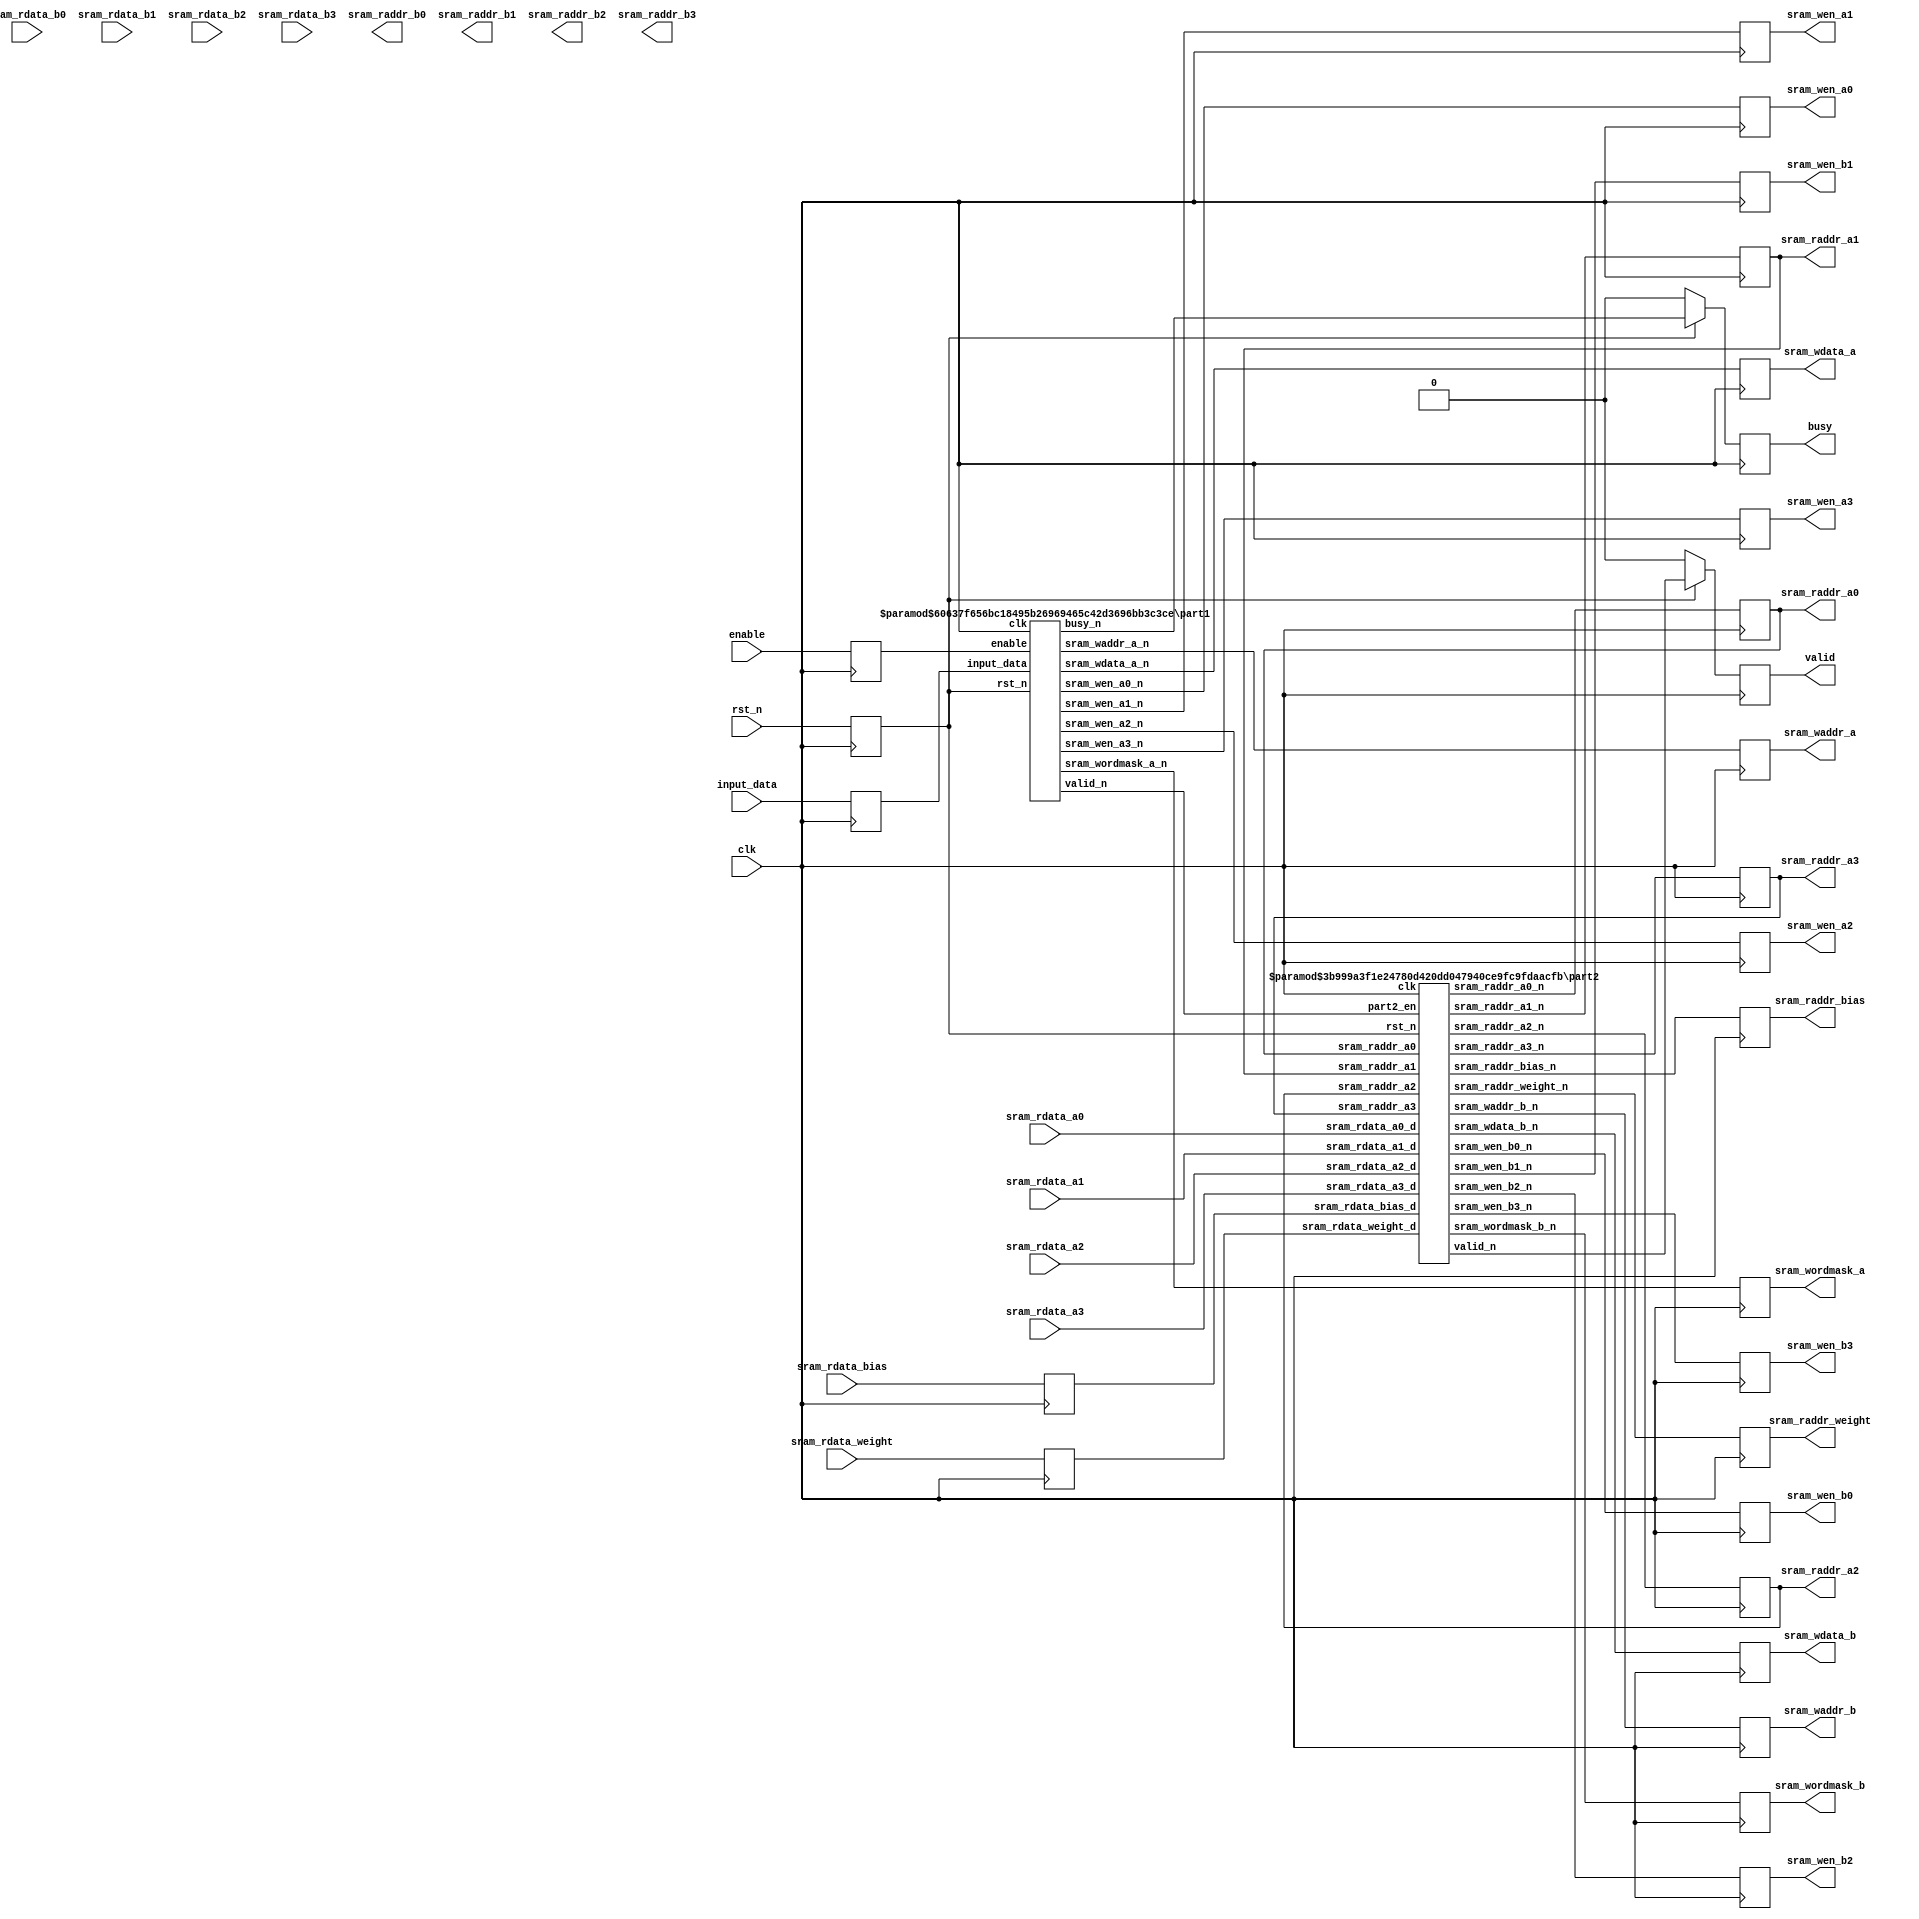
module Convnet_top #(
parameter CH_NUM = 4,
parameter ACT_PER_ADDR = 4,
parameter BW_PER_ACT = 12,
parameter WEIGHT_PER_ADDR = 9, 
parameter BIAS_PER_ADDR = 1,
parameter BW_PER_PARAM = 8
)
(
input clk,                          
input rst_n,  // synchronous reset (active low)
input enable, // start sending image from testbanch
output reg busy,  // control signal for stopping loading input image
output reg valid, // output valid for testbench to check answers in corresponding SRAM groups
input [BW_PER_ACT-1:0] input_data, // input image data
// read data from SRAM group A
input [CH_NUM*ACT_PER_ADDR*BW_PER_ACT-1:0] sram_rdata_a0,
input [CH_NUM*ACT_PER_ADDR*BW_PER_ACT-1:0] sram_rdata_a1,
input [CH_NUM*ACT_PER_ADDR*BW_PER_ACT-1:0] sram_rdata_a2,
input [CH_NUM*ACT_PER_ADDR*BW_PER_ACT-1:0] sram_rdata_a3,
// read data from SRAM group B
input [CH_NUM*ACT_PER_ADDR*BW_PER_ACT-1:0] sram_rdata_b0,
input [CH_NUM*ACT_PER_ADDR*BW_PER_ACT-1:0] sram_rdata_b1,
input [CH_NUM*ACT_PER_ADDR*BW_PER_ACT-1:0] sram_rdata_b2,
input [CH_NUM*ACT_PER_ADDR*BW_PER_ACT-1:0] sram_rdata_b3,
// read data from parameter SRAM
input [WEIGHT_PER_ADDR*BW_PER_PARAM-1:0] sram_rdata_weight,  
input [BIAS_PER_ADDR*BW_PER_PARAM-1:0] sram_rdata_bias,     
// read address to SRAM group A
output reg [5:0] sram_raddr_a0,
output reg [5:0] sram_raddr_a1,
output reg [5:0] sram_raddr_a2,
output reg [5:0] sram_raddr_a3,
// read address to SRAM group B
output [5:0] sram_raddr_b0,
output [5:0] sram_raddr_b1,
output [5:0] sram_raddr_b2,
output [5:0] sram_raddr_b3,
// read address to parameter SRAM
output reg [9:0] sram_raddr_weight,       
output reg [5:0] sram_raddr_bias,         
// write enable for SRAM groups A & B
output reg sram_wen_a0,
output reg sram_wen_a1,
output reg sram_wen_a2,
output reg sram_wen_a3,
output reg sram_wen_b0,
output reg sram_wen_b1,
output reg sram_wen_b2,
output reg sram_wen_b3,
// word mask for SRAM groups A & B
output reg [CH_NUM*ACT_PER_ADDR-1:0] sram_wordmask_a,
output reg [CH_NUM*ACT_PER_ADDR-1:0] sram_wordmask_b,
// write addrress to SRAM groups A & B
output reg [5:0] sram_waddr_a,
output reg [5:0] sram_waddr_b,
// write data to SRAM groups A & B
output reg [CH_NUM*ACT_PER_ADDR*BW_PER_ACT-1:0] sram_wdata_a,
output reg [CH_NUM*ACT_PER_ADDR*BW_PER_ACT-1:0] sram_wdata_b
);


localparam [3:0] PART1 = 0;
localparam [3:0] PART2 = 1;

reg [3:0] state, state_n;

reg rst_n_d;
reg enable_d;
reg [BW_PER_ACT-1:0] input_data_d;

wire busy_n;
wire sram_wen_a0_n, sram_wen_a1_n, sram_wen_a2_n, sram_wen_a3_n;
wire [CH_NUM*ACT_PER_ADDR-1:0] sram_wordmask_a_n;
wire [CH_NUM*ACT_PER_ADDR*BW_PER_ACT-1:0] sram_wdata_a_n;
wire [5:0] sram_waddr_a_n;
wire valid_n;

wire valid_n_part2;
wire sram_wen_b0_n, sram_wen_b1_n, sram_wen_b2_n, sram_wen_b3_n;
wire [CH_NUM*ACT_PER_ADDR-1:0] sram_wordmask_b_n;
wire [5:0] sram_waddr_b_n;
wire [CH_NUM*ACT_PER_ADDR*BW_PER_ACT-1:0] sram_wdata_b_n;


wire [5:0] sram_raddr_a0_n,sram_raddr_a1_n, sram_raddr_a2_n, sram_raddr_a3_n;
wire [9:0] sram_raddr_weight_n;
wire [5:0] sram_raddr_bias_n;


reg [CH_NUM*ACT_PER_ADDR*BW_PER_ACT-1:0] sram_rdata_a0_d;
reg [CH_NUM*ACT_PER_ADDR*BW_PER_ACT-1:0] sram_rdata_a1_d;
reg [CH_NUM*ACT_PER_ADDR*BW_PER_ACT-1:0] sram_rdata_a2_d;
reg [CH_NUM*ACT_PER_ADDR*BW_PER_ACT-1:0] sram_rdata_a3_d;

reg [WEIGHT_PER_ADDR*BW_PER_PARAM-1:0] sram_rdata_weight_d;  
reg [BIAS_PER_ADDR*BW_PER_PARAM-1:0] sram_rdata_bias_d; 



//wire[11:0] test = sram_wdata_a [11:0];

/* ===========output reg ===================*/
always@(posedge clk)begin
    if(~rst_n_d)begin
        busy <= 0;
        valid <= 0;
    end
    else begin
        busy <= busy_n;
        valid <= valid_n_part2;
    end
end

always@(posedge clk)begin
    sram_wen_a0 <= sram_wen_a0_n;
    sram_wen_a1 <= sram_wen_a1_n;
    sram_wen_a2 <= sram_wen_a2_n;
    sram_wen_a3 <= sram_wen_a3_n;

    sram_wen_b0 <= sram_wen_b0_n;
    sram_wen_b1 <= sram_wen_b1_n;
    sram_wen_b2 <= sram_wen_b2_n;
    sram_wen_b3 <= sram_wen_b3_n;
    
    sram_raddr_a0 <= sram_raddr_a0_n;
    sram_raddr_a1 <= sram_raddr_a1_n;
    sram_raddr_a2 <= sram_raddr_a2_n;
    sram_raddr_a3 <= sram_raddr_a3_n;


    sram_wordmask_a <= sram_wordmask_a_n;
    sram_wdata_a <= sram_wdata_a_n;
    sram_waddr_a <= sram_waddr_a_n;
    
    sram_wordmask_b <= sram_wordmask_b_n;
    sram_waddr_b <= sram_waddr_b_n;
    sram_wdata_b <= sram_wdata_b_n;
    
    sram_raddr_weight <= sram_raddr_weight_n;
    sram_raddr_bias <= sram_raddr_bias_n;

end
/*=======================================*/

/*==================input reg =============*/
always@(posedge clk)begin
    rst_n_d <= rst_n;
    enable_d <= enable;
    input_data_d <= input_data;
    sram_rdata_a0_d <= sram_rdata_a0;
    sram_rdata_a1_d <= sram_rdata_a1;
    sram_rdata_a2_d <= sram_rdata_a2;
    sram_rdata_a3_d <= sram_rdata_a3;
    sram_rdata_weight_d <= sram_rdata_weight;
    sram_rdata_bias_d <= sram_rdata_bias;
end
/*========================================*/

always@(posedge clk)begin
    if(~rst_n_d)begin
        state <= PART1;
    end
    else begin
        state <= state_n;
    end
end


always@(*)begin
    case(state)
        PART1:begin
            state_n = (valid_n == 1)? PART2:PART1;
        end
        PART2:begin
            state_n = PART2;
        end
        default:begin
            state_n = 0;
        end
    endcase
end




part1#(
.CH_NUM(CH_NUM),
.ACT_PER_ADDR(ACT_PER_ADDR),
.BW_PER_ACT(BW_PER_ACT)
)
part1_U0(
.clk(clk),
.rst_n(rst_n_d),
.enable(enable_d),
.busy_n(busy_n),
.valid_n(valid_n),

.sram_wen_a0_n(sram_wen_a0_n),
.sram_wen_a1_n(sram_wen_a1_n),
.sram_wen_a2_n(sram_wen_a2_n),
.sram_wen_a3_n(sram_wen_a3_n),

.input_data(input_data_d), 

.sram_wordmask_a_n(sram_wordmask_a_n),

.sram_waddr_a_n(sram_waddr_a_n),

.sram_wdata_a_n(sram_wdata_a_n)

);

part2 #(
.CH_NUM(CH_NUM),
.ACT_PER_ADDR(ACT_PER_ADDR),
.BW_PER_ACT(BW_PER_ACT),
.WEIGHT_PER_ADDR(WEIGHT_PER_ADDR), 
.BIAS_PER_ADDR(BIAS_PER_ADDR),
.BW_PER_PARAM(BW_PER_PARAM)

)
part2_U0(
.clk(clk),
.rst_n(rst_n_d),
.part2_en(valid_n),

.sram_rdata_weight_d(sram_rdata_weight_d),  
.sram_rdata_bias_d(sram_rdata_bias_d),     

.sram_raddr_a0(sram_raddr_a0),
.sram_raddr_a1(sram_raddr_a1),
.sram_raddr_a2(sram_raddr_a2),
.sram_raddr_a3(sram_raddr_a3),



.sram_raddr_a0_n(sram_raddr_a0_n),
.sram_raddr_a1_n(sram_raddr_a1_n),
.sram_raddr_a2_n(sram_raddr_a2_n),
.sram_raddr_a3_n(sram_raddr_a3_n),

.sram_rdata_a0_d(sram_rdata_a0),
.sram_rdata_a1_d(sram_rdata_a1),
.sram_rdata_a2_d(sram_rdata_a2),
.sram_rdata_a3_d(sram_rdata_a3),

.valid_n(valid_n_part2),
.sram_wen_b0_n(sram_wen_b0_n),
.sram_wen_b1_n(sram_wen_b1_n),
.sram_wen_b2_n(sram_wen_b2_n),
.sram_wen_b3_n(sram_wen_b3_n),

.sram_wordmask_b_n(sram_wordmask_b_n),
.sram_waddr_b_n(sram_waddr_b_n),
.sram_wdata_b_n(sram_wdata_b_n),
.sram_raddr_weight_n(sram_raddr_weight_n),
.sram_raddr_bias_n(sram_raddr_bias_n)

);


endmodule

module part1 #(
parameter CH_NUM = 4,
parameter ACT_PER_ADDR = 4,
parameter BW_PER_ACT = 12
)
(
input clk,
input rst_n,
input enable,
output reg busy_n,
output reg valid_n,

output sram_wen_a0_n,
output sram_wen_a1_n,
output sram_wen_a2_n,
output sram_wen_a3_n,

input [BW_PER_ACT-1:0] input_data, 

output [CH_NUM*ACT_PER_ADDR-1:0] sram_wordmask_a_n,

output [5:0] sram_waddr_a_n,

output reg [CH_NUM*ACT_PER_ADDR*BW_PER_ACT-1:0] sram_wdata_a_n

);

localparam [1:0] IDLE = 0;
localparam [1:0] READ = 1;
localparam [1:0] FINISH = 2;

reg [1:0] state, state_n;
reg[4:0] x, y;
reg[4:0] x_n, y_n;

integer i;

always@(posedge clk)begin
    if(~rst_n)begin
        state <= IDLE;
    end
    else begin
        state <= state_n;
    end
end

always@(posedge clk)begin
    x <= x_n;
    y <= y_n;
end

assign sram_wen_a0_n = (state == READ)? ~(x[2] == 0 & y[2] == 0) : 1;
assign sram_wen_a1_n = (state == READ)? ~(x[2] == 1 & y[2] == 0) : 1;
assign sram_wen_a2_n = (state == READ)? ~(x[2] == 0 & y[2] == 1) : 1;
assign sram_wen_a3_n = (state == READ)? ~(x[2] == 1 & y[2] == 1) : 1;


assign sram_wordmask_a_n[15] = ~(x[1:0]==0 & y[1:0] == 0);
assign sram_wordmask_a_n[14] = ~(x[1:0]==2 & y[1:0] == 0);
assign sram_wordmask_a_n[13] = ~(x[1:0]==0 & y[1:0] == 2);
assign sram_wordmask_a_n[12] = ~(x[1:0]==2 & y[1:0] == 2);

assign sram_wordmask_a_n[11] = ~(x[1:0]==1 & y[1:0] == 0);
assign sram_wordmask_a_n[10] = ~(x[1:0]==3 & y[1:0] == 0);
assign sram_wordmask_a_n[ 9] = ~(x[1:0]==1 & y[1:0] == 2);
assign sram_wordmask_a_n[ 8] = ~(x[1:0]==3 & y[1:0] == 2);

assign sram_wordmask_a_n[ 7] = ~(x[1:0]==0 & y[1:0] == 1);
assign sram_wordmask_a_n[ 6] = ~(x[1:0]==2 & y[1:0] == 1);
assign sram_wordmask_a_n[ 5] = ~(x[1:0]==0 & y[1:0] == 3);
assign sram_wordmask_a_n[ 4] = ~(x[1:0]==2 & y[1:0] == 3);

assign sram_wordmask_a_n[ 3] = ~(x[1:0]==1 & y[1:0] == 1);
assign sram_wordmask_a_n[ 2] = ~(x[1:0]==3 & y[1:0] == 1);
assign sram_wordmask_a_n[ 1] = ~(x[1:0]==1 & y[1:0] == 3);
assign sram_wordmask_a_n[ 0] = ~(x[1:0]==3 & y[1:0] == 3);



always@(*)begin
    for(i = 0;i<16;i=i+1)begin
        sram_wdata_a_n[i*12 +: 12] = input_data;
    end
end

assign sram_waddr_a_n = x[4:3] + y[4:3]*6;

always@(*)begin
    case(state)
        IDLE:begin
            state_n = (enable)? READ:IDLE;
            busy_n = (enable) ? 0:1;
            x_n = 0;
            y_n = 0;
            valid_n = 0;
        end
        READ:begin
            state_n = (x == 27 && y == 27)? FINISH : READ;
            busy_n = 0;
            x_n = (x != 27)? x + 1 : 0;
            y_n = (x == 27)? y + 1 : y;
            valid_n = 0;
        end
        FINISH:begin
            state_n = FINISH;
            busy_n = 1;
            x_n = 0;
            y_n = 0;
            valid_n = 1;
        end
        default:begin
            state_n = IDLE;
            busy_n = 1;
            x_n = 0;
            y_n = 0;
            valid_n = 0;
        end
    endcase
end

endmodule


module part2 #(
parameter CH_NUM = 4,
parameter ACT_PER_ADDR = 4,
parameter BW_PER_ACT = 12,
parameter WEIGHT_PER_ADDR = 9, 
parameter BIAS_PER_ADDR = 1,
parameter BW_PER_PARAM = 8

)
(
input clk,
input rst_n,
input part2_en,
input [CH_NUM*ACT_PER_ADDR*BW_PER_ACT-1:0] sram_rdata_a0_d,
input [CH_NUM*ACT_PER_ADDR*BW_PER_ACT-1:0] sram_rdata_a1_d,
input [CH_NUM*ACT_PER_ADDR*BW_PER_ACT-1:0] sram_rdata_a2_d,
input [CH_NUM*ACT_PER_ADDR*BW_PER_ACT-1:0] sram_rdata_a3_d,
input [WEIGHT_PER_ADDR*BW_PER_PARAM-1:0] sram_rdata_weight_d,  
input [BIAS_PER_ADDR*BW_PER_PARAM-1:0] sram_rdata_bias_d,     

input [5:0] sram_raddr_a0,
input [5:0] sram_raddr_a1,
input [5:0] sram_raddr_a2,
input [5:0] sram_raddr_a3,





output reg valid_n,

output reg [5:0] sram_raddr_a0_n,
output reg [5:0] sram_raddr_a1_n,
output reg [5:0] sram_raddr_a2_n,
output reg [5:0] sram_raddr_a3_n,


output sram_wen_b0_n,
output sram_wen_b1_n,
output sram_wen_b2_n,
output sram_wen_b3_n,
output [CH_NUM*ACT_PER_ADDR-1:0] sram_wordmask_b_n,
output [5:0] sram_waddr_b_n,
output [CH_NUM*ACT_PER_ADDR*BW_PER_ACT-1:0] sram_wdata_b_n,
output [9:0] sram_raddr_weight_n,
output [5:0] sram_raddr_bias_n


);
localparam [3:0] IDLE = 0;
localparam [3:0] BLANK_1 = 1;
localparam [3:0] BLANK_2 = 2;
localparam [3:0] CAL = 3;
localparam [3:0] FINISH = 4;

reg [3:0] state, state_n;
reg [1:0] in_cnt, in_cnt_n;
reg [1:0] ker_cnt, ker_cnt_n;


wire [19:0] buf_0 [0:8];

wire [19:0] buf_1 [0:8];

wire [19:0] buf_2 [0:8];

wire [19:0] buf_3 [0:8];

wire  [11:0] pos [0:15];

reg [11:0] pos2[0:15];
reg [19:0] buf_0_2[0:8];
reg [19:0] buf_1_2[0:8];
reg [19:0] buf_2_2[0:8];
reg [19:0] buf_3_2[0:8];

//wire [25:0] sum [0:3];
//reg [25:0] sum2 [0:3];

wire [19:0] sum [0:3];
reg [19:0] sum2 [0:3];

wire [19:0] weight [0:8];

reg [2:0] x, x_n;
reg [2:0] y, y_n;

reg [2:0] x_2, x_2_n;
reg [2:0] y_2, y_2_n;

reg [2:0] x_2_delay[0:5];
reg [2:0] y_2_delay[0:5];

wire [11:0] data [0:3];

reg [CH_NUM*ACT_PER_ADDR*BW_PER_ACT-1:0] left_up, right_up, left_down, right_down;

//wire [2:0]x_2_delay_test = x_2_delay[5];
//wire [2:0]y_2_delay_test = y_2_delay[5];

wire [11:0] out[0:3];

reg [1:0] wordmask_cnt, wordmask_cnt_n;
reg [2:0] bias_cnt, bias_cnt_n;

integer i, j;

//assign data[0] = sram_wdata_b_n[3*48 + 36 +: 12];
//assign data[1] = sram_wdata_b_n[3*48 + 24 +: 12];
//assign data[2] = sram_wdata_b_n[3*48 + 12 +: 12];
//assign data[3] = sram_wdata_b_n[3*48 +  0 +: 12];


//assign weight[0] = {{12{sram_rdata_weight_d[BW_PER_PARAM * (WEIGHT_PER_ADDR-0) - 1]}},sram_rdata_weight_d[BW_PER_PARAM * (WEIGHT_PER_ADDR-0) - 1 -: 8]};
//assign weight[1] = {{12{sram_rdata_weight_d[BW_PER_PARAM * (WEIGHT_PER_ADDR-1) - 1]}},sram_rdata_weight_d[BW_PER_PARAM * (WEIGHT_PER_ADDR-1) - 1 -: 8]};
//assign weight[2] = {{12{sram_rdata_weight_d[BW_PER_PARAM * (WEIGHT_PER_ADDR-2) - 1]}},sram_rdata_weight_d[BW_PER_PARAM * (WEIGHT_PER_ADDR-2) - 1 -: 8]};
//assign weight[3] = {{12{sram_rdata_weight_d[BW_PER_PARAM * (WEIGHT_PER_ADDR-3) - 1]}},sram_rdata_weight_d[BW_PER_PARAM * (WEIGHT_PER_ADDR-3) - 1 -: 8]};
//assign weight[4] = {{12{sram_rdata_weight_d[BW_PER_PARAM * (WEIGHT_PER_ADDR-4) - 1]}},sram_rdata_weight_d[BW_PER_PARAM * (WEIGHT_PER_ADDR-4) - 1 -: 8]};
//assign weight[5] = {{12{sram_rdata_weight_d[BW_PER_PARAM * (WEIGHT_PER_ADDR-5) - 1]}},sram_rdata_weight_d[BW_PER_PARAM * (WEIGHT_PER_ADDR-5) - 1 -: 8]};
//assign weight[6] = {{12{sram_rdata_weight_d[BW_PER_PARAM * (WEIGHT_PER_ADDR-6) - 1]}},sram_rdata_weight_d[BW_PER_PARAM * (WEIGHT_PER_ADDR-6) - 1 -: 8]};
//assign weight[7] = {{12{sram_rdata_weight_d[BW_PER_PARAM * (WEIGHT_PER_ADDR-7) - 1]}},sram_rdata_weight_d[BW_PER_PARAM * (WEIGHT_PER_ADDR-7) - 1 -: 8]};
//assign weight[8] = {{12{sram_rdata_weight_d[BW_PER_PARAM * (WEIGHT_PER_ADDR-8) - 1]}},sram_rdata_weight_d[BW_PER_PARAM * (WEIGHT_PER_ADDR-8) - 1 -: 8]};

always@(*)begin
    left_up    = (x_2_delay[5][0] == 0 && y_2_delay[5][0]==0)? sram_rdata_a0_d : (x_2_delay[5][0] == 1 && y_2_delay[5][0]==0) ? sram_rdata_a1_d : (x_2_delay[5][0] == 0 && y_2_delay[5][0] == 1)? sram_rdata_a2_d : sram_rdata_a3_d;
    right_up   = (x_2_delay[5][0] == 0 && y_2_delay[5][0]==0)? sram_rdata_a1_d : (x_2_delay[5][0] == 1 && y_2_delay[5][0]==0) ? sram_rdata_a0_d : (x_2_delay[5][0] == 0 && y_2_delay[5][0] == 1)? sram_rdata_a3_d : sram_rdata_a2_d;
    left_down  = (x_2_delay[5][0] == 0 && y_2_delay[5][0]==0)? sram_rdata_a2_d : (x_2_delay[5][0] == 1 && y_2_delay[5][0]==0) ? sram_rdata_a3_d : (x_2_delay[5][0] == 0 && y_2_delay[5][0] == 1)? sram_rdata_a0_d : sram_rdata_a1_d;
    right_down = (x_2_delay[5][0] == 0 && y_2_delay[5][0]==0)? sram_rdata_a3_d : (x_2_delay[5][0] == 1 && y_2_delay[5][0]==0) ? sram_rdata_a2_d : (x_2_delay[5][0] == 0 && y_2_delay[5][0] == 1)? sram_rdata_a1_d : sram_rdata_a0_d;
end

assign pos[ 0] = left_up   [(in_cnt)*48 + 36 +: 12];
assign pos[ 1] = left_up   [(in_cnt)*48 + 24 +: 12];
assign pos[ 2] = right_up  [(in_cnt)*48 + 36 +: 12];
assign pos[ 3] = right_up  [(in_cnt)*48 + 24 +: 12];
assign pos[ 4] = left_up   [(in_cnt)*48 + 12 +: 12];
assign pos[ 5] = left_up   [(in_cnt)*48 +  0 +: 12];
assign pos[ 6] = right_up  [(in_cnt)*48 + 12 +: 12];
assign pos[ 7] = right_up  [(in_cnt)*48 +  0 +: 12];
assign pos[ 8] = left_down [(in_cnt)*48 + 36 +: 12];
assign pos[ 9] = left_down [(in_cnt)*48 + 24 +: 12];
assign pos[10] = right_down[(in_cnt)*48 + 36 +: 12];
assign pos[11] = right_down[(in_cnt)*48 + 24 +: 12];
assign pos[12] = left_down [(in_cnt)*48 + 12 +: 12];
assign pos[13] = left_down [(in_cnt)*48 +  0 +: 12];
assign pos[14] = right_down[(in_cnt)*48 + 12 +: 12];
assign pos[15] = right_down[(in_cnt)*48 +  0 +: 12];

always@(posedge clk)begin
    for( i = 0 ; i < 16 ; i = i + 1)begin
        pos2[i] <= pos[i]; 
    end
end



assign buf_0[0] = {{12{sram_rdata_weight_d[BW_PER_PARAM * (WEIGHT_PER_ADDR-0) - 1]}},sram_rdata_weight_d[BW_PER_PARAM * (WEIGHT_PER_ADDR-0) - 1 -: 8]} * {{8{pos2[0][BW_PER_ACT-1]}},  pos2[0]};
assign buf_0[1] = {{12{sram_rdata_weight_d[BW_PER_PARAM * (WEIGHT_PER_ADDR-1) - 1]}},sram_rdata_weight_d[BW_PER_PARAM * (WEIGHT_PER_ADDR-1) - 1 -: 8]} * {{8{pos2[1][BW_PER_ACT-1]}},  pos2[1]};
assign buf_0[2] = {{12{sram_rdata_weight_d[BW_PER_PARAM * (WEIGHT_PER_ADDR-2) - 1]}},sram_rdata_weight_d[BW_PER_PARAM * (WEIGHT_PER_ADDR-2) - 1 -: 8]} * {{8{pos2[2][BW_PER_ACT-1]}},  pos2[2]};
assign buf_0[3] = {{12{sram_rdata_weight_d[BW_PER_PARAM * (WEIGHT_PER_ADDR-3) - 1]}},sram_rdata_weight_d[BW_PER_PARAM * (WEIGHT_PER_ADDR-3) - 1 -: 8]} * {{8{pos2[4][BW_PER_ACT-1]}},  pos2[4]};
assign buf_0[4] = {{12{sram_rdata_weight_d[BW_PER_PARAM * (WEIGHT_PER_ADDR-4) - 1]}},sram_rdata_weight_d[BW_PER_PARAM * (WEIGHT_PER_ADDR-4) - 1 -: 8]} * {{8{pos2[5][BW_PER_ACT-1]}},  pos2[5]};
assign buf_0[5] = {{12{sram_rdata_weight_d[BW_PER_PARAM * (WEIGHT_PER_ADDR-5) - 1]}},sram_rdata_weight_d[BW_PER_PARAM * (WEIGHT_PER_ADDR-5) - 1 -: 8]} * {{8{pos2[6][BW_PER_ACT-1]}},  pos2[6]};
assign buf_0[6] = {{12{sram_rdata_weight_d[BW_PER_PARAM * (WEIGHT_PER_ADDR-6) - 1]}},sram_rdata_weight_d[BW_PER_PARAM * (WEIGHT_PER_ADDR-6) - 1 -: 8]} * {{8{pos2[8][BW_PER_ACT-1]}},  pos2[8]};
assign buf_0[7] = {{12{sram_rdata_weight_d[BW_PER_PARAM * (WEIGHT_PER_ADDR-7) - 1]}},sram_rdata_weight_d[BW_PER_PARAM * (WEIGHT_PER_ADDR-7) - 1 -: 8]} * {{8{pos2[9][BW_PER_ACT-1]}},  pos2[9]};
assign buf_0[8] = {{12{sram_rdata_weight_d[BW_PER_PARAM * (WEIGHT_PER_ADDR-8) - 1]}},sram_rdata_weight_d[BW_PER_PARAM * (WEIGHT_PER_ADDR-8) - 1 -: 8]} * {{8{pos2[10][BW_PER_ACT-1]}}, pos2[10]};

assign buf_1[0] = {{12{sram_rdata_weight_d[BW_PER_PARAM * (WEIGHT_PER_ADDR-0) - 1]}},sram_rdata_weight_d[BW_PER_PARAM * (WEIGHT_PER_ADDR-0) - 1 -: 8]} * {{8{pos2[1][BW_PER_ACT-1]}},  pos2[1]};
assign buf_1[1] = {{12{sram_rdata_weight_d[BW_PER_PARAM * (WEIGHT_PER_ADDR-1) - 1]}},sram_rdata_weight_d[BW_PER_PARAM * (WEIGHT_PER_ADDR-1) - 1 -: 8]} * {{8{pos2[2][BW_PER_ACT-1]}},  pos2[2]};
assign buf_1[2] = {{12{sram_rdata_weight_d[BW_PER_PARAM * (WEIGHT_PER_ADDR-2) - 1]}},sram_rdata_weight_d[BW_PER_PARAM * (WEIGHT_PER_ADDR-2) - 1 -: 8]} * {{8{pos2[3][BW_PER_ACT-1]}},  pos2[3]};
assign buf_1[3] = {{12{sram_rdata_weight_d[BW_PER_PARAM * (WEIGHT_PER_ADDR-3) - 1]}},sram_rdata_weight_d[BW_PER_PARAM * (WEIGHT_PER_ADDR-3) - 1 -: 8]} * {{8{pos2[5][BW_PER_ACT-1]}},  pos2[5]};
assign buf_1[4] = {{12{sram_rdata_weight_d[BW_PER_PARAM * (WEIGHT_PER_ADDR-4) - 1]}},sram_rdata_weight_d[BW_PER_PARAM * (WEIGHT_PER_ADDR-4) - 1 -: 8]} * {{8{pos2[6][BW_PER_ACT-1]}},  pos2[6]};
assign buf_1[5] = {{12{sram_rdata_weight_d[BW_PER_PARAM * (WEIGHT_PER_ADDR-5) - 1]}},sram_rdata_weight_d[BW_PER_PARAM * (WEIGHT_PER_ADDR-5) - 1 -: 8]} * {{8{pos2[7][BW_PER_ACT-1]}},  pos2[7]};
assign buf_1[6] = {{12{sram_rdata_weight_d[BW_PER_PARAM * (WEIGHT_PER_ADDR-6) - 1]}},sram_rdata_weight_d[BW_PER_PARAM * (WEIGHT_PER_ADDR-6) - 1 -: 8]} * {{8{pos2[9][BW_PER_ACT-1]}},  pos2[9]};
assign buf_1[7] = {{12{sram_rdata_weight_d[BW_PER_PARAM * (WEIGHT_PER_ADDR-7) - 1]}},sram_rdata_weight_d[BW_PER_PARAM * (WEIGHT_PER_ADDR-7) - 1 -: 8]} * {{8{pos2[10][BW_PER_ACT-1]}}, pos2[10]};
assign buf_1[8] = {{12{sram_rdata_weight_d[BW_PER_PARAM * (WEIGHT_PER_ADDR-8) - 1]}},sram_rdata_weight_d[BW_PER_PARAM * (WEIGHT_PER_ADDR-8) - 1 -: 8]} * {{8{pos2[11][BW_PER_ACT-1]}}, pos2[11]};

assign buf_2[0] = {{12{sram_rdata_weight_d[BW_PER_PARAM * (WEIGHT_PER_ADDR-0) - 1]}},sram_rdata_weight_d[BW_PER_PARAM * (WEIGHT_PER_ADDR-0) - 1 -: 8]} * {{8{pos2[4][BW_PER_ACT-1]}},  pos2[4]};
assign buf_2[1] = {{12{sram_rdata_weight_d[BW_PER_PARAM * (WEIGHT_PER_ADDR-1) - 1]}},sram_rdata_weight_d[BW_PER_PARAM * (WEIGHT_PER_ADDR-1) - 1 -: 8]} * {{8{pos2[5][BW_PER_ACT-1]}},  pos2[5]};
assign buf_2[2] = {{12{sram_rdata_weight_d[BW_PER_PARAM * (WEIGHT_PER_ADDR-2) - 1]}},sram_rdata_weight_d[BW_PER_PARAM * (WEIGHT_PER_ADDR-2) - 1 -: 8]} * {{8{pos2[6][BW_PER_ACT-1]}},  pos2[6]};
assign buf_2[3] = {{12{sram_rdata_weight_d[BW_PER_PARAM * (WEIGHT_PER_ADDR-3) - 1]}},sram_rdata_weight_d[BW_PER_PARAM * (WEIGHT_PER_ADDR-3) - 1 -: 8]} * {{8{pos2[8][BW_PER_ACT-1]}},  pos2[8]};
assign buf_2[4] = {{12{sram_rdata_weight_d[BW_PER_PARAM * (WEIGHT_PER_ADDR-4) - 1]}},sram_rdata_weight_d[BW_PER_PARAM * (WEIGHT_PER_ADDR-4) - 1 -: 8]} * {{8{pos2[9][BW_PER_ACT-1]}},  pos2[9]};
assign buf_2[5] = {{12{sram_rdata_weight_d[BW_PER_PARAM * (WEIGHT_PER_ADDR-5) - 1]}},sram_rdata_weight_d[BW_PER_PARAM * (WEIGHT_PER_ADDR-5) - 1 -: 8]} * {{8{pos2[10][BW_PER_ACT-1]}}, pos2[10]};
assign buf_2[6] = {{12{sram_rdata_weight_d[BW_PER_PARAM * (WEIGHT_PER_ADDR-6) - 1]}},sram_rdata_weight_d[BW_PER_PARAM * (WEIGHT_PER_ADDR-6) - 1 -: 8]} * {{8{pos2[12][BW_PER_ACT-1]}}, pos2[12]};
assign buf_2[7] = {{12{sram_rdata_weight_d[BW_PER_PARAM * (WEIGHT_PER_ADDR-7) - 1]}},sram_rdata_weight_d[BW_PER_PARAM * (WEIGHT_PER_ADDR-7) - 1 -: 8]} * {{8{pos2[13][BW_PER_ACT-1]}}, pos2[13]};
assign buf_2[8] = {{12{sram_rdata_weight_d[BW_PER_PARAM * (WEIGHT_PER_ADDR-8) - 1]}},sram_rdata_weight_d[BW_PER_PARAM * (WEIGHT_PER_ADDR-8) - 1 -: 8]} * {{8{pos2[14][BW_PER_ACT-1]}}, pos2[14]};

assign buf_3[0] = {{12{sram_rdata_weight_d[BW_PER_PARAM * (WEIGHT_PER_ADDR-0) - 1]}},sram_rdata_weight_d[BW_PER_PARAM * (WEIGHT_PER_ADDR-0) - 1 -: 8]} * {{8{pos2[5] [BW_PER_ACT-1]}}, pos2[5] };
assign buf_3[1] = {{12{sram_rdata_weight_d[BW_PER_PARAM * (WEIGHT_PER_ADDR-1) - 1]}},sram_rdata_weight_d[BW_PER_PARAM * (WEIGHT_PER_ADDR-1) - 1 -: 8]} * {{8{pos2[6] [BW_PER_ACT-1]}}, pos2[6] };
assign buf_3[2] = {{12{sram_rdata_weight_d[BW_PER_PARAM * (WEIGHT_PER_ADDR-2) - 1]}},sram_rdata_weight_d[BW_PER_PARAM * (WEIGHT_PER_ADDR-2) - 1 -: 8]} * {{8{pos2[7] [BW_PER_ACT-1]}}, pos2[7] };
assign buf_3[3] = {{12{sram_rdata_weight_d[BW_PER_PARAM * (WEIGHT_PER_ADDR-3) - 1]}},sram_rdata_weight_d[BW_PER_PARAM * (WEIGHT_PER_ADDR-3) - 1 -: 8]} * {{8{pos2[9] [BW_PER_ACT-1]}}, pos2[9] };
assign buf_3[4] = {{12{sram_rdata_weight_d[BW_PER_PARAM * (WEIGHT_PER_ADDR-4) - 1]}},sram_rdata_weight_d[BW_PER_PARAM * (WEIGHT_PER_ADDR-4) - 1 -: 8]} * {{8{pos2[10][BW_PER_ACT-1]}}, pos2[10]};
assign buf_3[5] = {{12{sram_rdata_weight_d[BW_PER_PARAM * (WEIGHT_PER_ADDR-5) - 1]}},sram_rdata_weight_d[BW_PER_PARAM * (WEIGHT_PER_ADDR-5) - 1 -: 8]} * {{8{pos2[11][BW_PER_ACT-1]}}, pos2[11]};
assign buf_3[6] = {{12{sram_rdata_weight_d[BW_PER_PARAM * (WEIGHT_PER_ADDR-6) - 1]}},sram_rdata_weight_d[BW_PER_PARAM * (WEIGHT_PER_ADDR-6) - 1 -: 8]} * {{8{pos2[13][BW_PER_ACT-1]}}, pos2[13]};
assign buf_3[7] = {{12{sram_rdata_weight_d[BW_PER_PARAM * (WEIGHT_PER_ADDR-7) - 1]}},sram_rdata_weight_d[BW_PER_PARAM * (WEIGHT_PER_ADDR-7) - 1 -: 8]} * {{8{pos2[14][BW_PER_ACT-1]}}, pos2[14]};
assign buf_3[8] = {{12{sram_rdata_weight_d[BW_PER_PARAM * (WEIGHT_PER_ADDR-8) - 1]}},sram_rdata_weight_d[BW_PER_PARAM * (WEIGHT_PER_ADDR-8) - 1 -: 8]} * {{8{pos2[15][BW_PER_ACT-1]}}, pos2[15]};



always@(posedge clk)begin
    for(j=0;j<9;j=j+1)begin
        buf_0_2[j] <= buf_0[j];
        buf_1_2[j] <= buf_1[j];
        buf_2_2[j] <= buf_2[j];
        buf_3_2[j] <= buf_3[j];
    end
end

assign sum[0] = buf_0_2[0] + buf_0_2[1] + buf_0_2[2] + buf_0_2[3] + buf_0_2[4] + buf_0_2[5] + buf_0_2[6] + buf_0_2[7] + buf_0_2[8]; 
assign sum[1] = buf_1_2[0] + buf_1_2[1] + buf_1_2[2] + buf_1_2[3] + buf_1_2[4] + buf_1_2[5] + buf_1_2[6] + buf_1_2[7] + buf_1_2[8]; 
assign sum[2] = buf_2_2[0] + buf_2_2[1] + buf_2_2[2] + buf_2_2[3] + buf_2_2[4] + buf_2_2[5] + buf_2_2[6] + buf_2_2[7] + buf_2_2[8]; 
assign sum[3] = buf_3_2[0] + buf_3_2[1] + buf_3_2[2] + buf_3_2[3] + buf_3_2[4] + buf_3_2[5] + buf_3_2[6] + buf_3_2[7] + buf_3_2[8]; 

//assign sum[0] = {{6{buf_0_2[0][19]}}, buf_0_2[0]} + {{6{buf_0_2[1][19]}}, buf_0_2[1]} + {{6{buf_0_2[2][19]}}, buf_0_2[2]} + {{6{buf_0_2[3][19]}}, buf_0_2[3]} + {{6{buf_0_2[4][19]}}, buf_0_2[4]} + {{6{buf_0_2[5][19]}}, buf_0_2[5]} + {{6{buf_0_2[6][19]}}, buf_0_2[6]} + {{6{buf_0_2[7][19]}}, buf_0_2[7]} + {{6{buf_0_2[8][19]}}, buf_0_2[8]};
//
//assign sum[1] = {{6{buf_1_2[0][19]}}, buf_1_2[0]} + {{6{buf_1_2[1][19]}}, buf_1_2[1]} + {{6{buf_1_2[2][19]}}, buf_1_2[2]} + {{6{buf_1_2[3][19]}}, buf_1_2[3]} + {{6{buf_1_2[4][19]}}, buf_1_2[4]} + {{6{buf_1_2[5][19]}}, buf_1_2[5]} + {{6{buf_1_2[6][19]}}, buf_1_2[6]} + {{6{buf_1_2[7][19]}}, buf_1_2[7]} + {{6{buf_1_2[8][19]}}, buf_1_2[8]};
//
//assign sum[2] = {{6{buf_2_2[0][19]}}, buf_2_2[0]} + {{6{buf_2_2[1][19]}}, buf_2_2[1]} + {{6{buf_2_2[2][19]}}, buf_2_2[2]} + {{6{buf_2_2[3][19]}}, buf_2_2[3]} + {{6{buf_2_2[4][19]}}, buf_2_2[4]} + {{6{buf_2_2[5][19]}}, buf_2_2[5]} + {{6{buf_2_2[6][19]}}, buf_2_2[6]} + {{6{buf_2_2[7][19]}}, buf_2_2[7]} + {{6{buf_2_2[8][19]}}, buf_2_2[8]};
//
//assign sum[3] = {{6{buf_3_2[0][19]}}, buf_3_2[0]} + {{6{buf_3_2[1][19]}}, buf_3_2[1]} + {{6{buf_3_2[2][19]}}, buf_3_2[2]} + {{6{buf_3_2[3][19]}}, buf_3_2[3]} + {{6{buf_3_2[4][19]}}, buf_3_2[4]} + {{6{buf_3_2[5][19]}}, buf_3_2[5]} + {{6{buf_3_2[6][19]}}, buf_3_2[6]} + {{6{buf_3_2[7][19]}}, buf_3_2[7]} + {{6{buf_3_2[8][19]}}, buf_3_2[8]};

always@(posedge clk)begin
    sum2[0] <= (in_cnt != 1) ? sum[0]+sum2[0]:sum[0] + {sram_rdata_bias_d, 8'd0} + 64;
    sum2[1] <= (in_cnt != 1) ? sum[1]+sum2[1]:sum[1] + {sram_rdata_bias_d, 8'd0} + 64;
    sum2[2] <= (in_cnt != 1) ? sum[2]+sum2[2]:sum[2] + {sram_rdata_bias_d, 8'd0} + 64;
    sum2[3] <= (in_cnt != 1) ? sum[3]+sum2[3]:sum[3] + {sram_rdata_bias_d, 8'd0} + 64;
end


assign out[0] = (sum2[0][18] != 1)? sum2[0][7 +: 12]:0;
assign out[1] = (sum2[1][18] != 1)? sum2[1][7 +: 12]:0;
assign out[2] = (sum2[2][18] != 1)? sum2[2][7 +: 12]:0;
assign out[3] = (sum2[3][18] != 1)? sum2[3][7 +: 12]:0;

assign sram_wdata_b_n[3*48 + 36 +: 12] = out[0];
assign sram_wdata_b_n[3*48 + 24 +: 12] = out[1];
assign sram_wdata_b_n[3*48 + 12 +: 12] = out[2];
assign sram_wdata_b_n[3*48 +  0 +: 12] = out[3];

assign sram_wdata_b_n[2*48 + 36 +: 12] = out[0];
assign sram_wdata_b_n[2*48 + 24 +: 12] = out[1];
assign sram_wdata_b_n[2*48 + 12 +: 12] = out[2];
assign sram_wdata_b_n[2*48 +  0 +: 12] = out[3];

assign sram_wdata_b_n[1*48 + 36 +: 12] = out[0];
assign sram_wdata_b_n[1*48 + 24 +: 12] = out[1];
assign sram_wdata_b_n[1*48 + 12 +: 12] = out[2];
assign sram_wdata_b_n[1*48 +  0 +: 12] = out[3];

assign sram_wdata_b_n[0*48 + 36 +: 12] = out[0];
assign sram_wdata_b_n[0*48 + 24 +: 12] = out[1];
assign sram_wdata_b_n[0*48 + 12 +: 12] = out[2];
assign sram_wdata_b_n[0*48 +  0 +: 12] = out[3];


assign sram_wen_b0_n = (in_cnt == 1)? ~(x[0]==0 & y[0]==0):1;
assign sram_wen_b1_n = (in_cnt == 1)? ~(x[0]==1 & y[0]==0):1;
assign sram_wen_b2_n = (in_cnt == 1)? ~(x[0]==0 & y[0]==1):1;
assign sram_wen_b3_n = (in_cnt == 1)? ~(x[0]==1 & y[0]==1):1;

assign sram_wordmask_b_n[ 0] = ~(wordmask_cnt == 3); 
assign sram_wordmask_b_n[ 1] = ~(wordmask_cnt == 3); 
assign sram_wordmask_b_n[ 2] = ~(wordmask_cnt == 3); 
assign sram_wordmask_b_n[ 3] = ~(wordmask_cnt == 3); 
assign sram_wordmask_b_n[ 4] = ~(wordmask_cnt == 2); 
assign sram_wordmask_b_n[ 5] = ~(wordmask_cnt == 2); 
assign sram_wordmask_b_n[ 6] = ~(wordmask_cnt == 2); 
assign sram_wordmask_b_n[ 7] = ~(wordmask_cnt == 2); 
assign sram_wordmask_b_n[ 8] = ~(wordmask_cnt == 1); 
assign sram_wordmask_b_n[ 9] = ~(wordmask_cnt == 1); 
assign sram_wordmask_b_n[10] = ~(wordmask_cnt == 1); 
assign sram_wordmask_b_n[11] = ~(wordmask_cnt == 1); 
assign sram_wordmask_b_n[12] = ~(wordmask_cnt == 0); 
assign sram_wordmask_b_n[13] = ~(wordmask_cnt == 0); 
assign sram_wordmask_b_n[14] = ~(wordmask_cnt == 0); 
assign sram_wordmask_b_n[15] = ~(wordmask_cnt == 0); 

assign sram_waddr_b_n = y[2:1]*6 + x[2:1];


assign sram_raddr_weight_n = bias_cnt * 4 + ker_cnt;
assign sram_raddr_bias_n= bias_cnt;

always@(posedge clk)begin
    if(~rst_n)begin
        state <= IDLE;
    end
    else begin
        state <= state_n;
    end
end

always@(posedge clk)begin
    ker_cnt <= ker_cnt_n;
    in_cnt <= in_cnt_n;
    wordmask_cnt <= wordmask_cnt_n;
    bias_cnt <= bias_cnt_n;
    
    x <= x_n;
    y <= y_n;
    x_2 <= x_2_n;
    y_2 <= y_2_n;

    x_2_delay[0] <= x_2;
    x_2_delay[1] <= x_2_delay[0];
    x_2_delay[2] <= x_2_delay[1];
    x_2_delay[3] <= x_2_delay[2];
    x_2_delay[4] <= x_2_delay[3];
    x_2_delay[5] <= x_2_delay[4];
    
    y_2_delay[0] <= y_2;
    y_2_delay[1] <= y_2_delay[0];
    y_2_delay[2] <= y_2_delay[1];
    y_2_delay[3] <= y_2_delay[2];
    y_2_delay[4] <= y_2_delay[3];
    y_2_delay[5] <= y_2_delay[4];

end

always@(*)begin
    case(state)
        IDLE:begin
            state_n = (part2_en)? BLANK_1 : IDLE;
            valid_n = 0;
            sram_raddr_a0_n = 0;
            sram_raddr_a1_n = 0;
            sram_raddr_a2_n = 0;
            sram_raddr_a3_n = 0;

            ker_cnt_n = 0;
            in_cnt_n = (part2_en)? in_cnt - 1 : 2;
            wordmask_cnt_n = 0;
            bias_cnt_n = 0;
            
            x_n = 7;
            y_n = 0;
            x_2_n = (part2_en) ? 1 : 0;
            y_2_n = 0; 
        end
        BLANK_1:begin
            state_n = BLANK_2;
            valid_n = 0;
            sram_raddr_a0_n = 0;
            sram_raddr_a1_n = 0;
            sram_raddr_a2_n = 0;
            sram_raddr_a3_n = 0;

            ker_cnt_n = ker_cnt+1;
            in_cnt_n = in_cnt - 1;
            wordmask_cnt_n = 0;
            bias_cnt_n = 0;
            
            x_n = 7;
            y_n = 0;
            
            x_2_n = 1;
            y_2_n = 0; 
        end
        BLANK_2:begin
            state_n = CAL;
            valid_n = 0;
            sram_raddr_a0_n = 0;
            sram_raddr_a1_n = 0;
            sram_raddr_a2_n = 0;
            sram_raddr_a3_n = 0;

            ker_cnt_n = ker_cnt + 1;
            in_cnt_n = in_cnt - 1;
            wordmask_cnt_n = 0;
            bias_cnt_n = 0;
            
            x_n = 7;
            y_n = 0;
        
            x_2_n = 1;
            y_2_n = 0;
        end
        CAL:begin
            state_n = (x_2 == 2 && y_2 == 0 && bias_cnt == 4)? FINISH :  CAL;
            valid_n = 0;

            sram_raddr_a0_n = (in_cnt == 2) ? x_2[2:1] + x_2[0] + (y_2[2:1] + y_2[0]) * 6 : sram_raddr_a0;
            sram_raddr_a1_n = (in_cnt == 2) ? x_2[2:1]          + (y_2[2:1] + y_2[0]) * 6 : sram_raddr_a1;
            sram_raddr_a2_n = (in_cnt == 2) ? x_2[2:1] + x_2[0] + y_2[2:1] * 6 : sram_raddr_a2;
            sram_raddr_a3_n = (in_cnt == 2) ? x_2[2:1]          + y_2[2:1] * 6 : sram_raddr_a3;
        
            ker_cnt_n = ker_cnt + 1;
            in_cnt_n = in_cnt - 1;
            wordmask_cnt_n = (in_cnt == 1 && x == 5 && y == 5)? wordmask_cnt + 1 : wordmask_cnt;
            bias_cnt_n = (in_cnt == 2 && x_2 == 0 && y_2 == 0)? bias_cnt + 1 : bias_cnt ; 
            
            x_n = (in_cnt == 1) ? (x != 5)? x+1 : 0 :x;
            y_n = (x == 5 & in_cnt == 1) ? (y != 5)? y+1 : 0 : y;
            
            x_2_n = (in_cnt == 2) ? (x_2 != 5)? x_2+1 : 0 : x_2;
            y_2_n = (in_cnt == 2 && x_2 == 5)? (y_2 != 5)? y_2+1 : 0  : y_2;
        end
        FINISH:begin
            state_n = FINISH;
            valid_n = 1;
            
            sram_raddr_a0_n = 0;
            sram_raddr_a1_n = 0;
            sram_raddr_a2_n = 0;
            sram_raddr_a3_n = 0;
            ker_cnt_n = 0;
            in_cnt_n = 0;
            
            wordmask_cnt_n = 0;
            bias_cnt_n = 0;
            
            x_n = 0;
            y_n = 0;
            
            x_2_n = 0;
            y_2_n = 0;
        end
        default:begin
            state_n = IDLE;
            valid_n = 0;
            
            sram_raddr_a0_n = 0;
            sram_raddr_a1_n = 0;
            sram_raddr_a2_n = 0;
            sram_raddr_a3_n = 0;
            ker_cnt_n = 0;
            in_cnt_n = 0;
            
            wordmask_cnt_n = 0;
            bias_cnt_n = 0;
            
            x_n = 0;
            y_n = 0;
            
            x_2_n = 0;
            y_2_n = 0;
        end
    endcase
end

endmodule